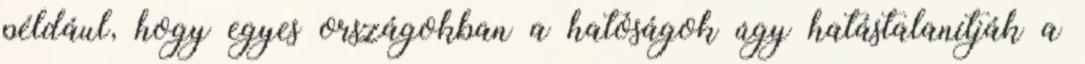
például, hogy egyes országokban a hatóságok úgy hatástalanítják a